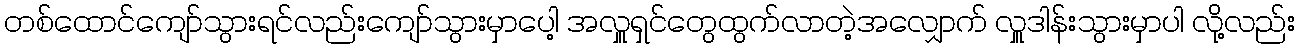
တစ်ထောင်ကျော်သွားရင်လည်းကျော်သွားမှာပေါ့ အလှူရှင်တွေထွက်လာတဲ့အလျှောက် လှူဒါန်းသွားမှာပါ လို့လည်း